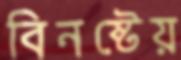
বিনষ্টেয়